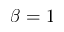
\beta = 1